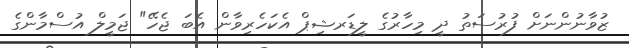
ޒުވާނުންނަށް ފުރުސަތު ދީ މިހާރުގެ ލީޑަރޝިޕް އެކަހެރިވާން އެބަ ޖެހޭ" ޖަމީލް އުސްމާންގެ